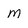
Character: M